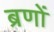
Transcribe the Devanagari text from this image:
ब्रणों